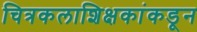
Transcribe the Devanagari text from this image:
चित्रकलाशिक्षकांकडून